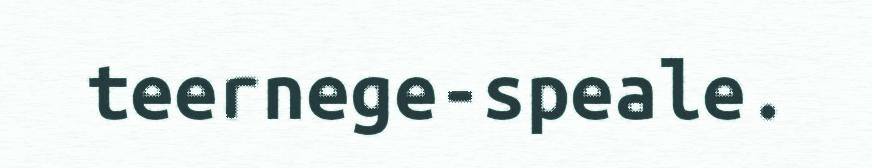
teernege-speale.